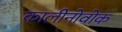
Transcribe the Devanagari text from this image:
कालीनोवोक